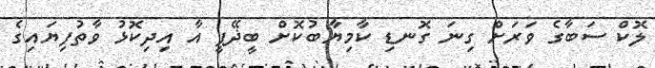
ލޮކް ސަބާގެ ވަރަށް ގިނަ ގޮނޑި ކާމިޔާބުކޮށް ބީޛޭޕީ އާ އިދިކޮޅު ވާތުފިޔައިގެ